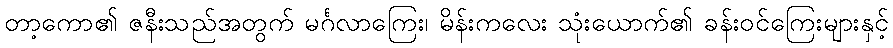
တာ့ကော၏ ဇနီးသည်အတွက် မင်္ဂလာကြေး၊ မိန်းကလေး သုံးယောက်၏ ခန်းဝင်ကြေးများနှင့်